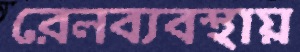
রেলব্যবস্থায়